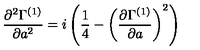
{ \frac { \partial ^ { 2 } \Gamma ^ { ( 1 ) } } { \partial a ^ { 2 } } } = i \left( { \frac { 1 } { 4 } } - \left( { \frac { \partial \Gamma ^ { ( 1 ) } } { \partial a } } \right) ^ { 2 } \right)